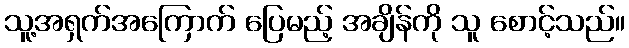
သူ့အရှက်အကြောက် ပြေမည့် အချိန်ကို သူ စောင့်သည်။